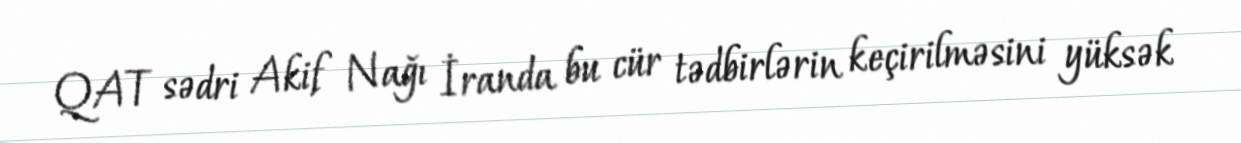
QAT sədri Akif Nağı İranda bu cür tədbirlərin keçirilməsini yüksək